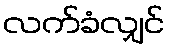
လက်ခံလျှင်